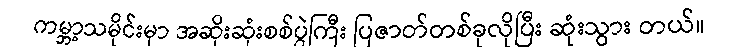
ကမ္ဘာ့သမိုင်းမှာ အဆိုးဆုံးစစ်ပွဲကြီး ပြဇာတ်တစ်ခုလိုပြီး ဆုံးသွား တယ်။